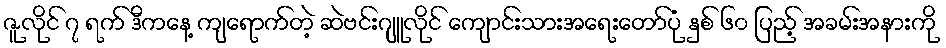
ဇူလိုင် ၇ ရက် ဒီကနေ့ ကျရောက်တဲ့ ဆဲဗင်းဂျူလိုင် ကျောင်းသားအရေးတော်ပုံ နှစ် ၆၀ ပြည့် အခမ်းအနားကို